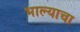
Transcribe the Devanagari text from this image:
भाल्याचा